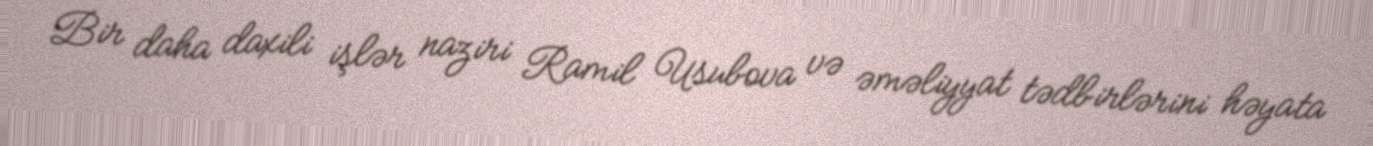
Bir daha daxili işlər naziri Ramil Usubova və əməliyyat tədbirlərini həyata